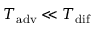
T _ { \mathrm { a d v } } \ll T _ { \mathrm { d i f } }